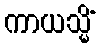
ကာယသ္မိံ